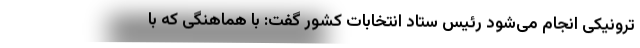
ترونیکی انجام می‌شود رئیس ستاد انتخابات کشور گفت: با هماهنگی که با